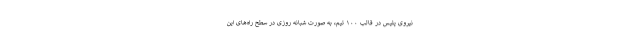
نیروی پلیس در قالب ۱۰۰ تیم، به صورت شبانه روزی در سطح راه‌های این